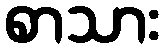
စာသား